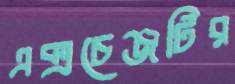
এক্সচেঞ্জটির